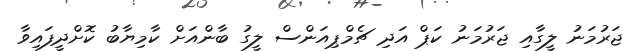
ޖަރުމަނު ލީގާއި ޖަރުމަނު ކަޕް އަދި ޗެމްޕިއަންސް ލީގު ބާާންއަށް ކާމިޔާބު ކޮށްދީފައިވާ